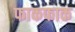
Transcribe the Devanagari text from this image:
फाकफाक